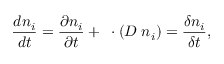
\frac { d n _ { i } } { d t } = \frac { \partial n _ { i } } { \partial t } + \triangledown \cdot ( D \triangledown n _ { i } ) = \frac { \delta n _ { i } } { \delta t } ,